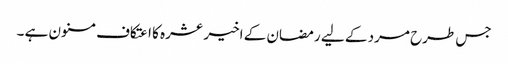
جس طرح مرد کے لیے رمضان کے اخیر عشرہ کا اعتکاف مسنون ہے ۔